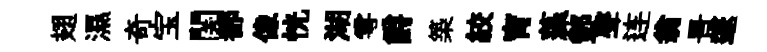
翅濕奇宝関都像恍湖雩爵築絞宵藻酆聲连翁景邃